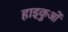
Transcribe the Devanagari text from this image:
हाइकुओं